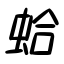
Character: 蛤